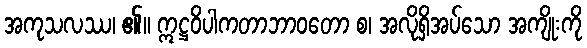
အကုသလဿ၊ ၏။ ဣဋ္ဌဝိပါကတာဘာဝတော စ၊ အလိုရှိအပ်သော အကျိုးကို